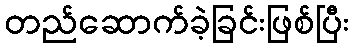
တည်ဆောက်ခဲ့ခြင်းဖြစ်ပြီး